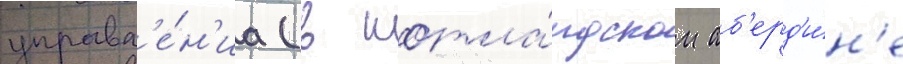
управл'е́н'иа (в шотла́ндском аб'ерд'и́н'е